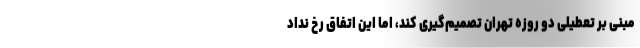
مبنی بر تعطیلی دو روزه تهران تصمیم‌گیری کند، اما این اتفاق رخ نداد